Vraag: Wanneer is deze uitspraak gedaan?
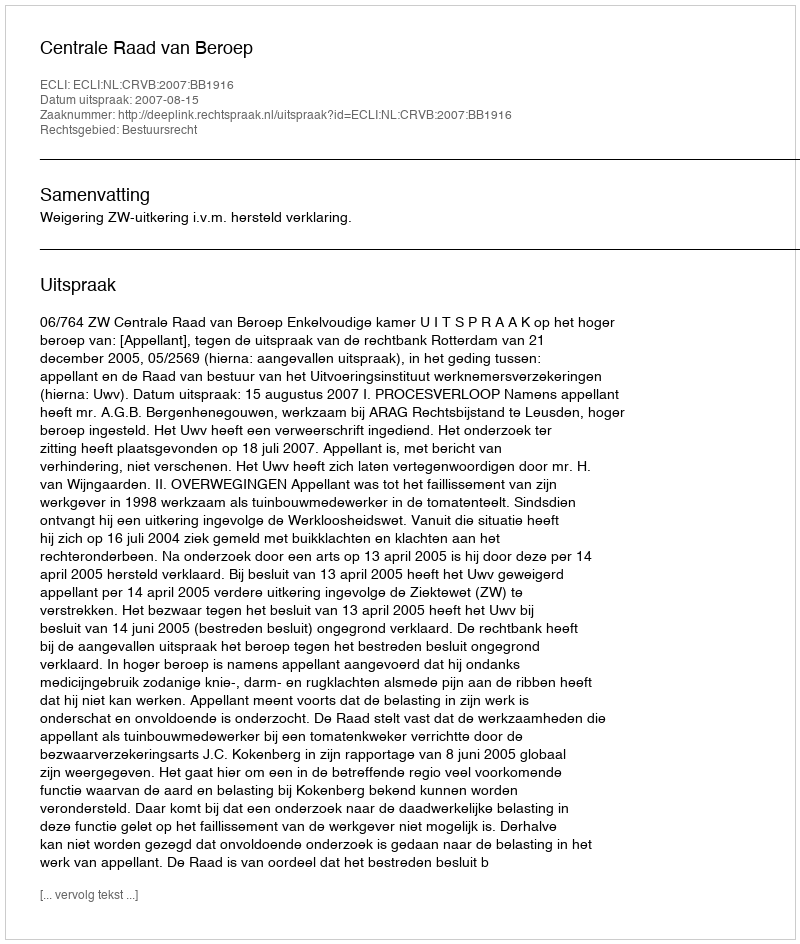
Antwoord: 2007-08-15